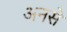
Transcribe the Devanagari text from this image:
अनसे